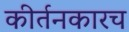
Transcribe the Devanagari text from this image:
कीर्तनकारच